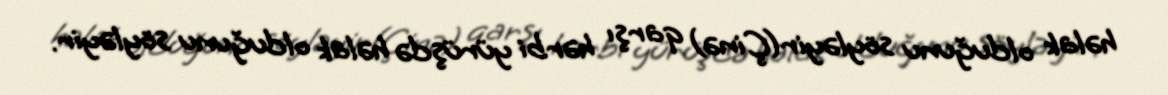
həlak olduğunu söyləyir(Çinə) qarşı hərbi yürüşdə həlak olduğunu söyləyir.